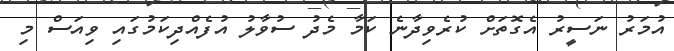
އުމަރު ނަސީރު އެގޮތަށް ކުރެވިދާނެ ކަމާ މެދު ސުވާލު އުފެއްދިކަމުގައި ވިއަސް މި